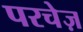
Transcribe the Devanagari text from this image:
परचेज़